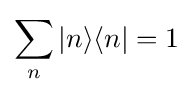
\sum _{n}|n\rangle \langle n|=1